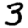
Digit: 3